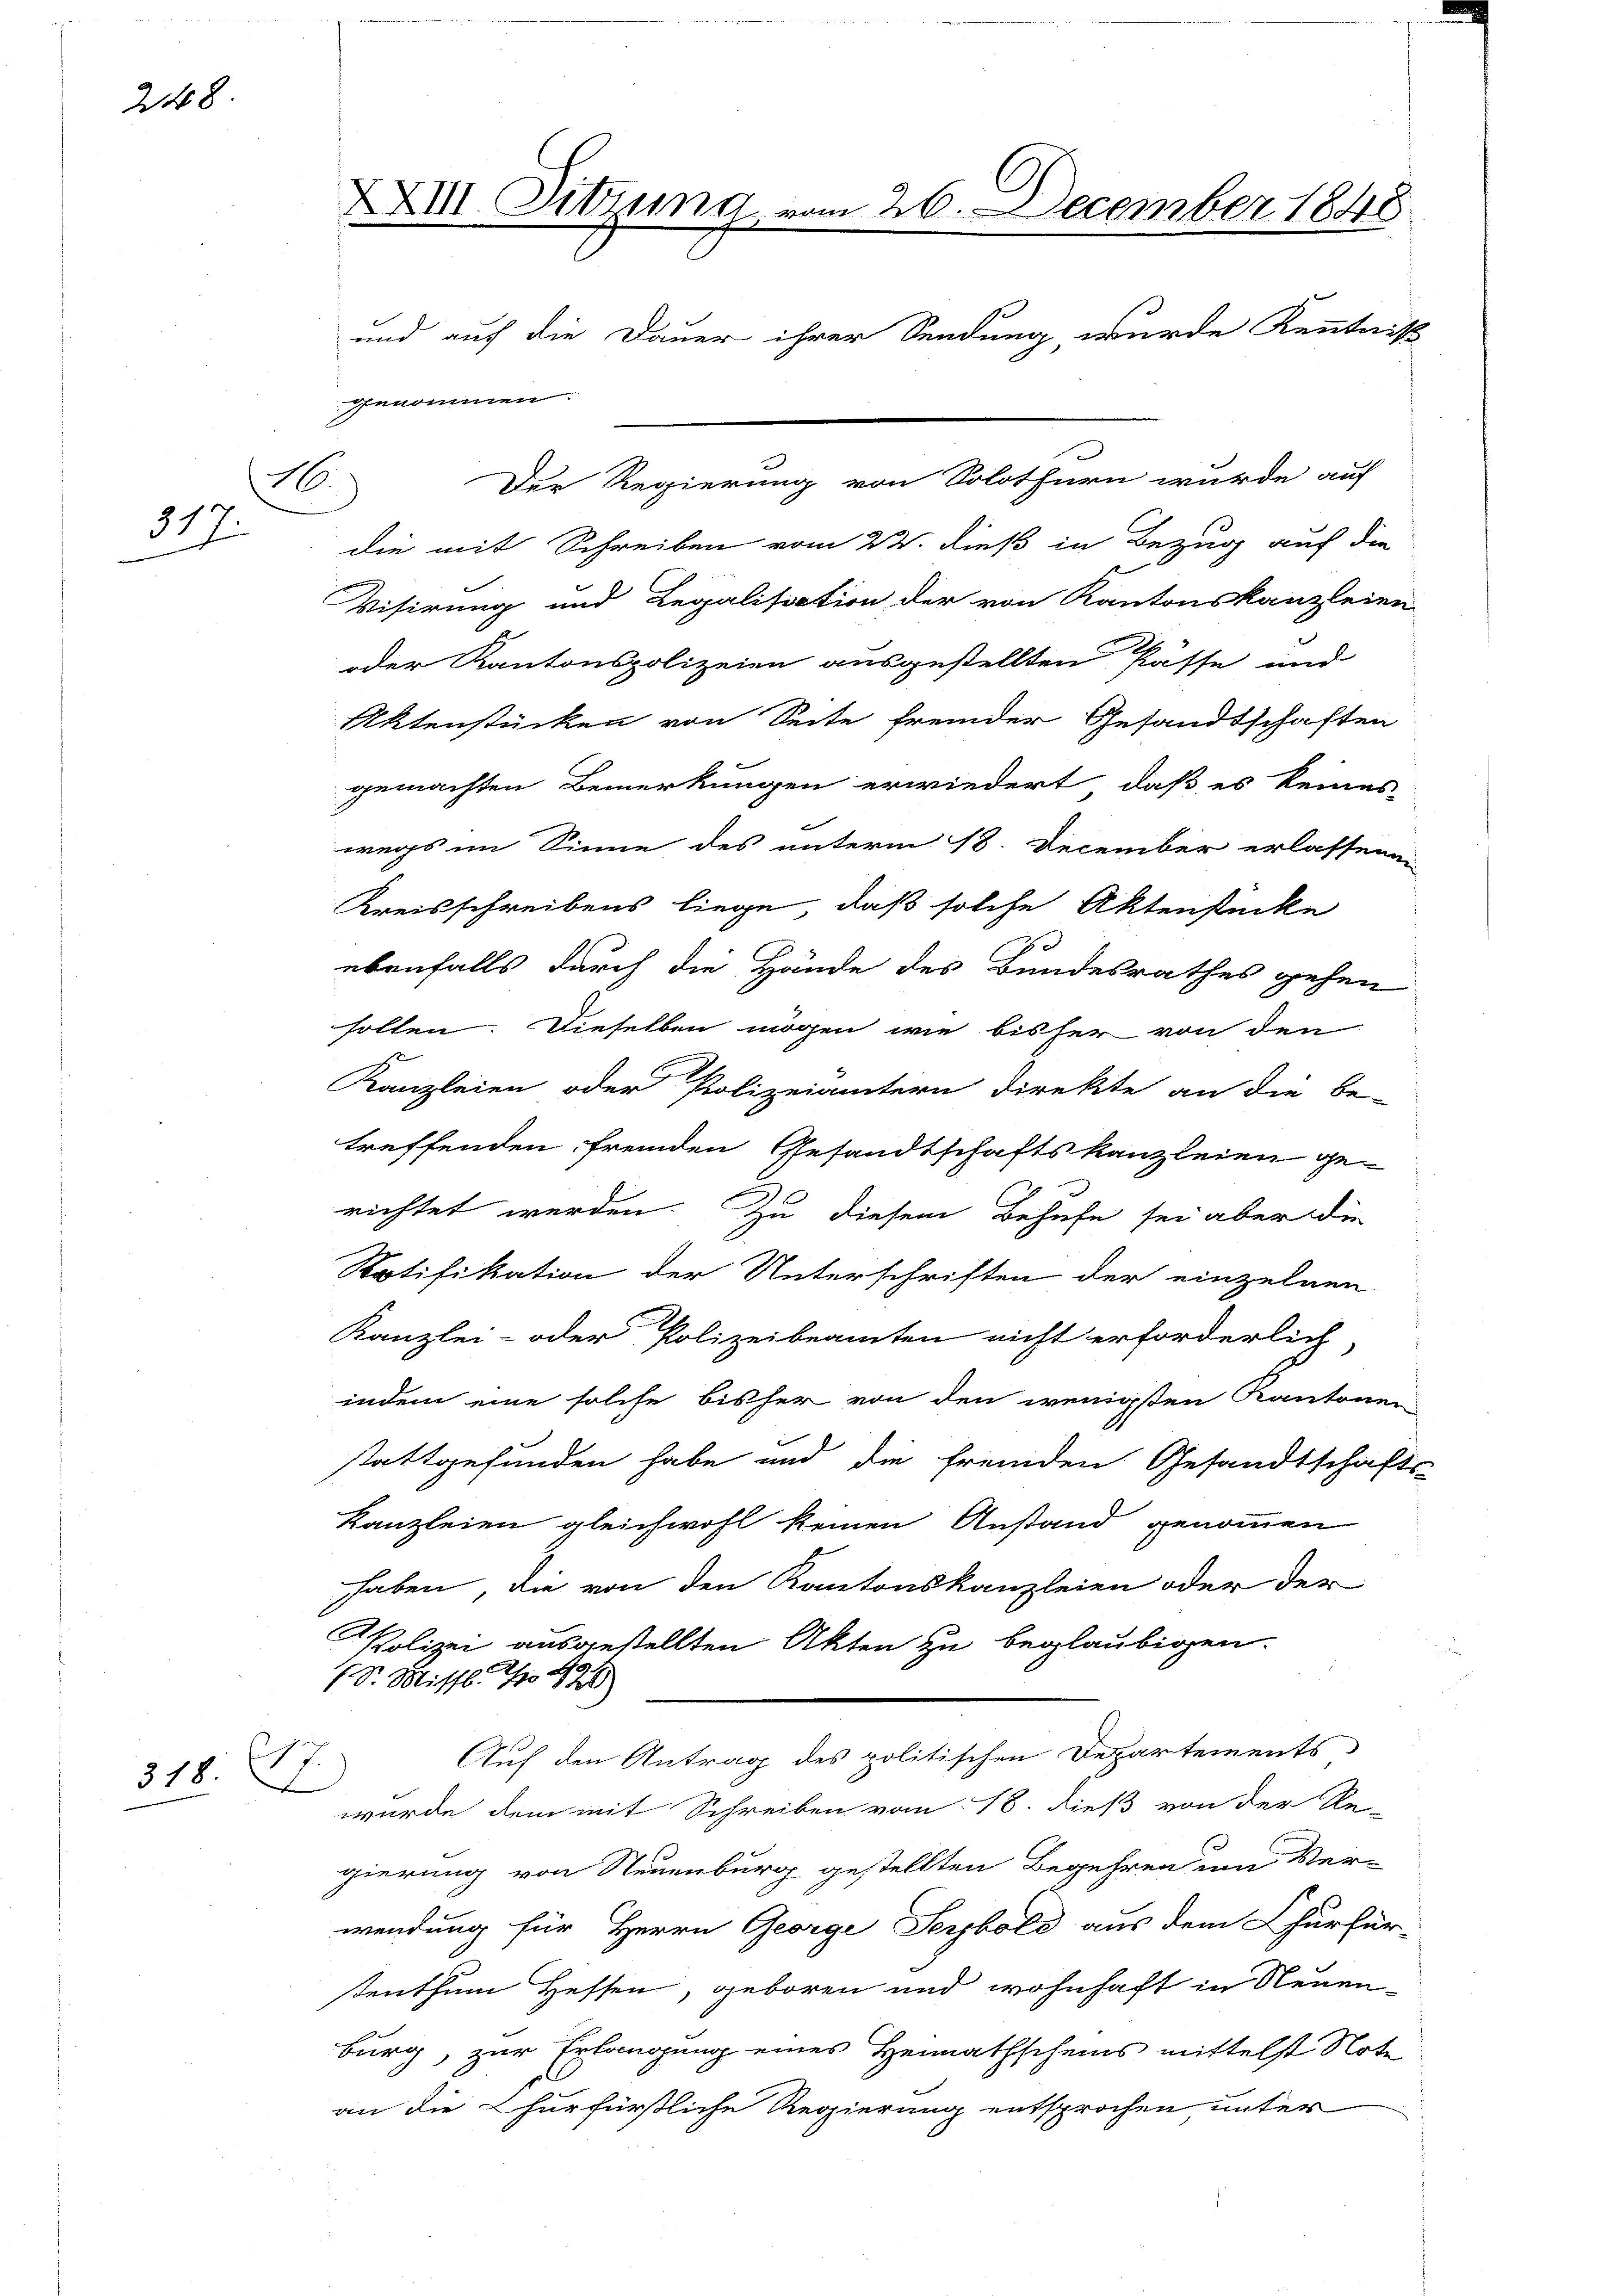
248

d
51 f.

318. 217.

XXIII. Sitzung, vom 26. December 1848.
und auf die Dauer ihrer Sendung wurde Kenntniß
genommen.
Der Regierung von Solothurn wurde auf
1.

die mit Schreiben vom 23. dieß in Bezug auf die
Visirung und Legalisation der von Kantonskanzleien
oder Kantonspolizeien ausgestellten Pässe und
Aktenstücken von Seite fremder Gesandtschaften
gemachten Bemerkungen erwiedert, daß es keines
wegs im Sinne des unterm 18. December erlassene
Kreisschreibens liege, daß solche Aktenstücke
ebenfalls durch die Hände des Bundesrathes gehen
sollen. Dieselben mögen wie bisher von den
Kanzleien oder Polizeiämtern direkte an die be-
treffenden fremden Gesandtschaftskanzleien ge-
richtet werden. Zu diesem Behufe sei aber die
Ratifikation der Unterschriften der einzelnen
Kanzlei- oder Polizeibeamten nicht erforderlich,
indem eine solche bisher von den wenigsten Kantonen
stattgefunden habe und die fremden Gesandtschafts-
Kanzleien gleichwohl keinen Anstand genommen
haben, die von den Kantonskanzleien oder der
x
Polizei ausgestellten Akten zu beglaubigen.
 Sr. Missl. No 426
Auf den Antrag des politischen Departements
wurde dem mit Schreiben vom 18. dieß von der Re-
gierung von Neuenburg gestellten Begehren um Ver-
wendung für Herrn George Seybold aus dem Churfür-
stenthum Hessen, geboren und wohnhaft in Neuenburg, zur Erlangung eines Heimathscheins mittelst Note
an die Churfürstliche Regierung entsprochen, unter